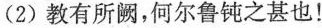
(2) 教有所阙，何尔鲁钝之甚也！